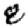
Digit: 8